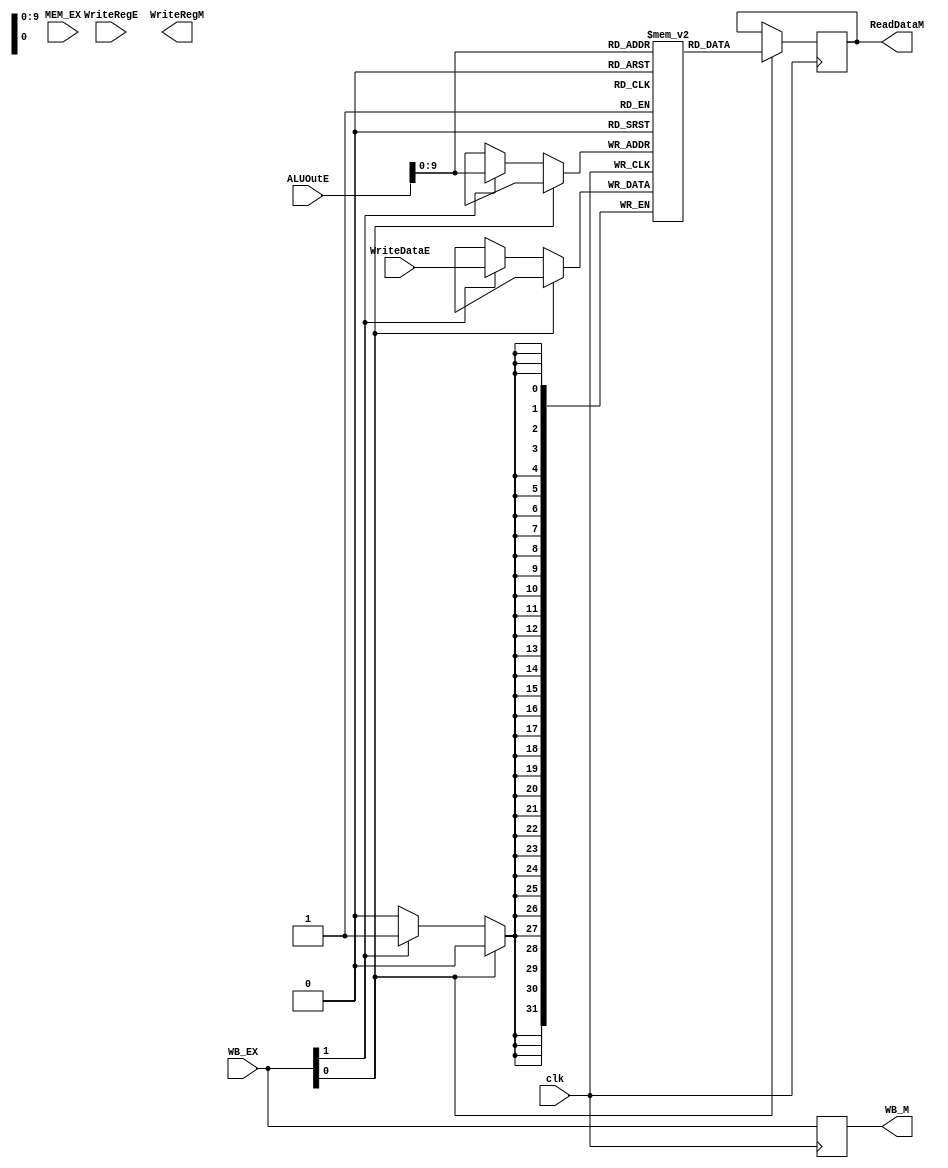
module MEM (clk , WB_EX ,MEM_EX ,ALUOutE ,WriteDataE ,WriteRegE ,WB_M ,WriteRegM  ,ReadDataM );

input clk ;
input [1:0] WB_EX , MEM_EX;
input [31:0] ALUOutE ,WriteDataE ;
input [4:0] WriteRegE ;

output reg [1:0] WB_M;
output reg [4:0] WriteRegM ;
output reg [31:0] ReadDataM ;

reg [31:0] dMemory [0:1023];

always @(posedge clk)
begin

WB_M <= WB_EX ;

if (WB_EX[0])
ReadDataM <= dMemory [ALUOutE];

else if (WB_EX[1])
dMemory[ALUOutE] = WriteDataE ;

end

endmodule